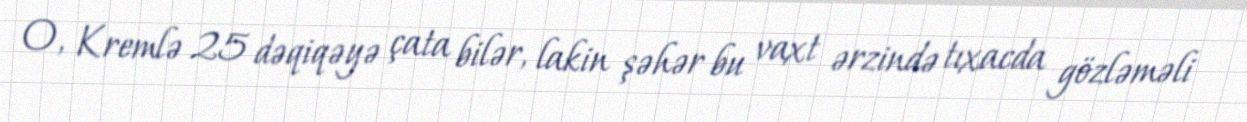
O, Kremlə 25 dəqiqəyə çata bilər, lakin şəhər bu vaxt ərzində tıxacda gözləməli